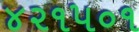
૪૨૧૫૦૧